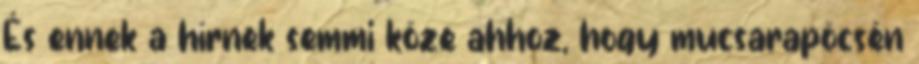
És ennek a hírnek semmi köze ahhoz, hogy mucsarapöcsén